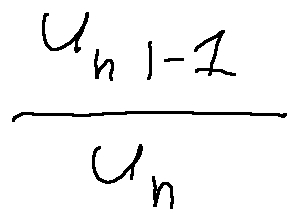
\frac { u _ { n + 1 } } { u _ { n } }